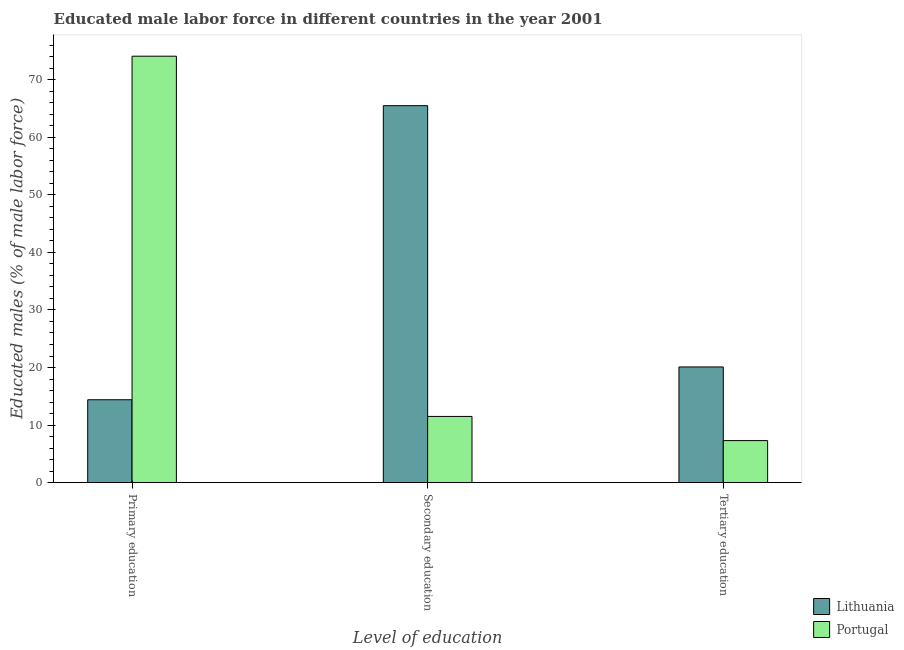
| Level of education | Lithuania | Portugal |
 | --- | --- | --- |
 | Primary education | 14.4 | 74.1 |
 | Secondary education | 65.5 | 11.5 |
 | Tertiary education | 20.1 | 7.3 |